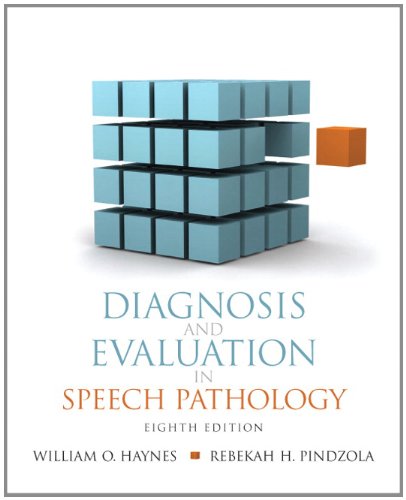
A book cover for Diagnosis and Evaluation in Speech Pathology (8th Edition) (Allyn & Bacon Communication Sciences and Disorders); William O. Haynes; Medical Books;